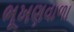
ભૂખણવાળા